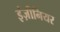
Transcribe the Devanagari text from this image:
इंज़ीनियर